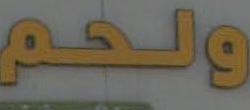
ولحم